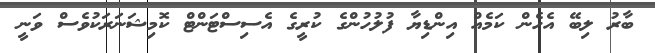
ބާރު ލިބޭ އެހެން ކަމެއް އިންޑިޔާ ފުލުހުންގެ ކުރީގެ އެސިސްޓަންޓް ކޮމިޝަނަރަކުވެސް ވަނީ